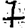
Digit: 7